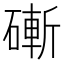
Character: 𥕌